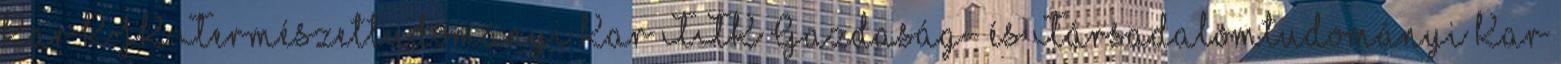
Kar KJK Természettudományi Kar TTK Gazdaság- és Társadalomtudományi Kar